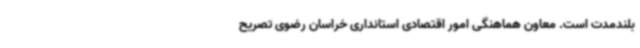
بلندمدت است. معاون هماهنگی امور اقتصادی استانداری خراسان رضوی تصریح